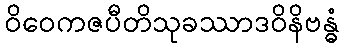
ဝိဝေကဇပီတိသုခဿာဒဝိနိဗန္ဓံ